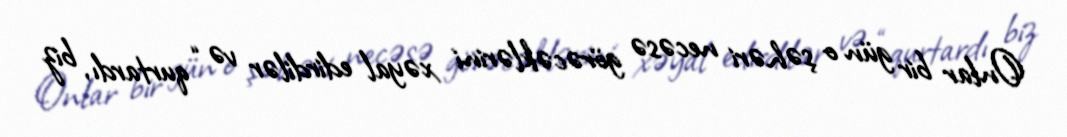
Onlar bir gün o şəhəri necəsə görəcəklərini xəyal edirdilər və “qurtardı, biz